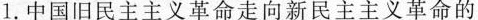
1.中国旧民主主义革命走向新民主主义革命的